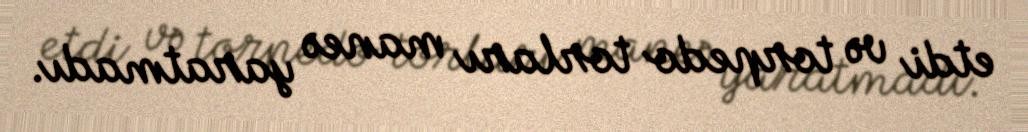
etdi və torpedo torları maneə yaratmadı.